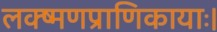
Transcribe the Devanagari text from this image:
लक्ष्मणप्राणिकायाः।